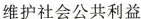
维护社会公共利益